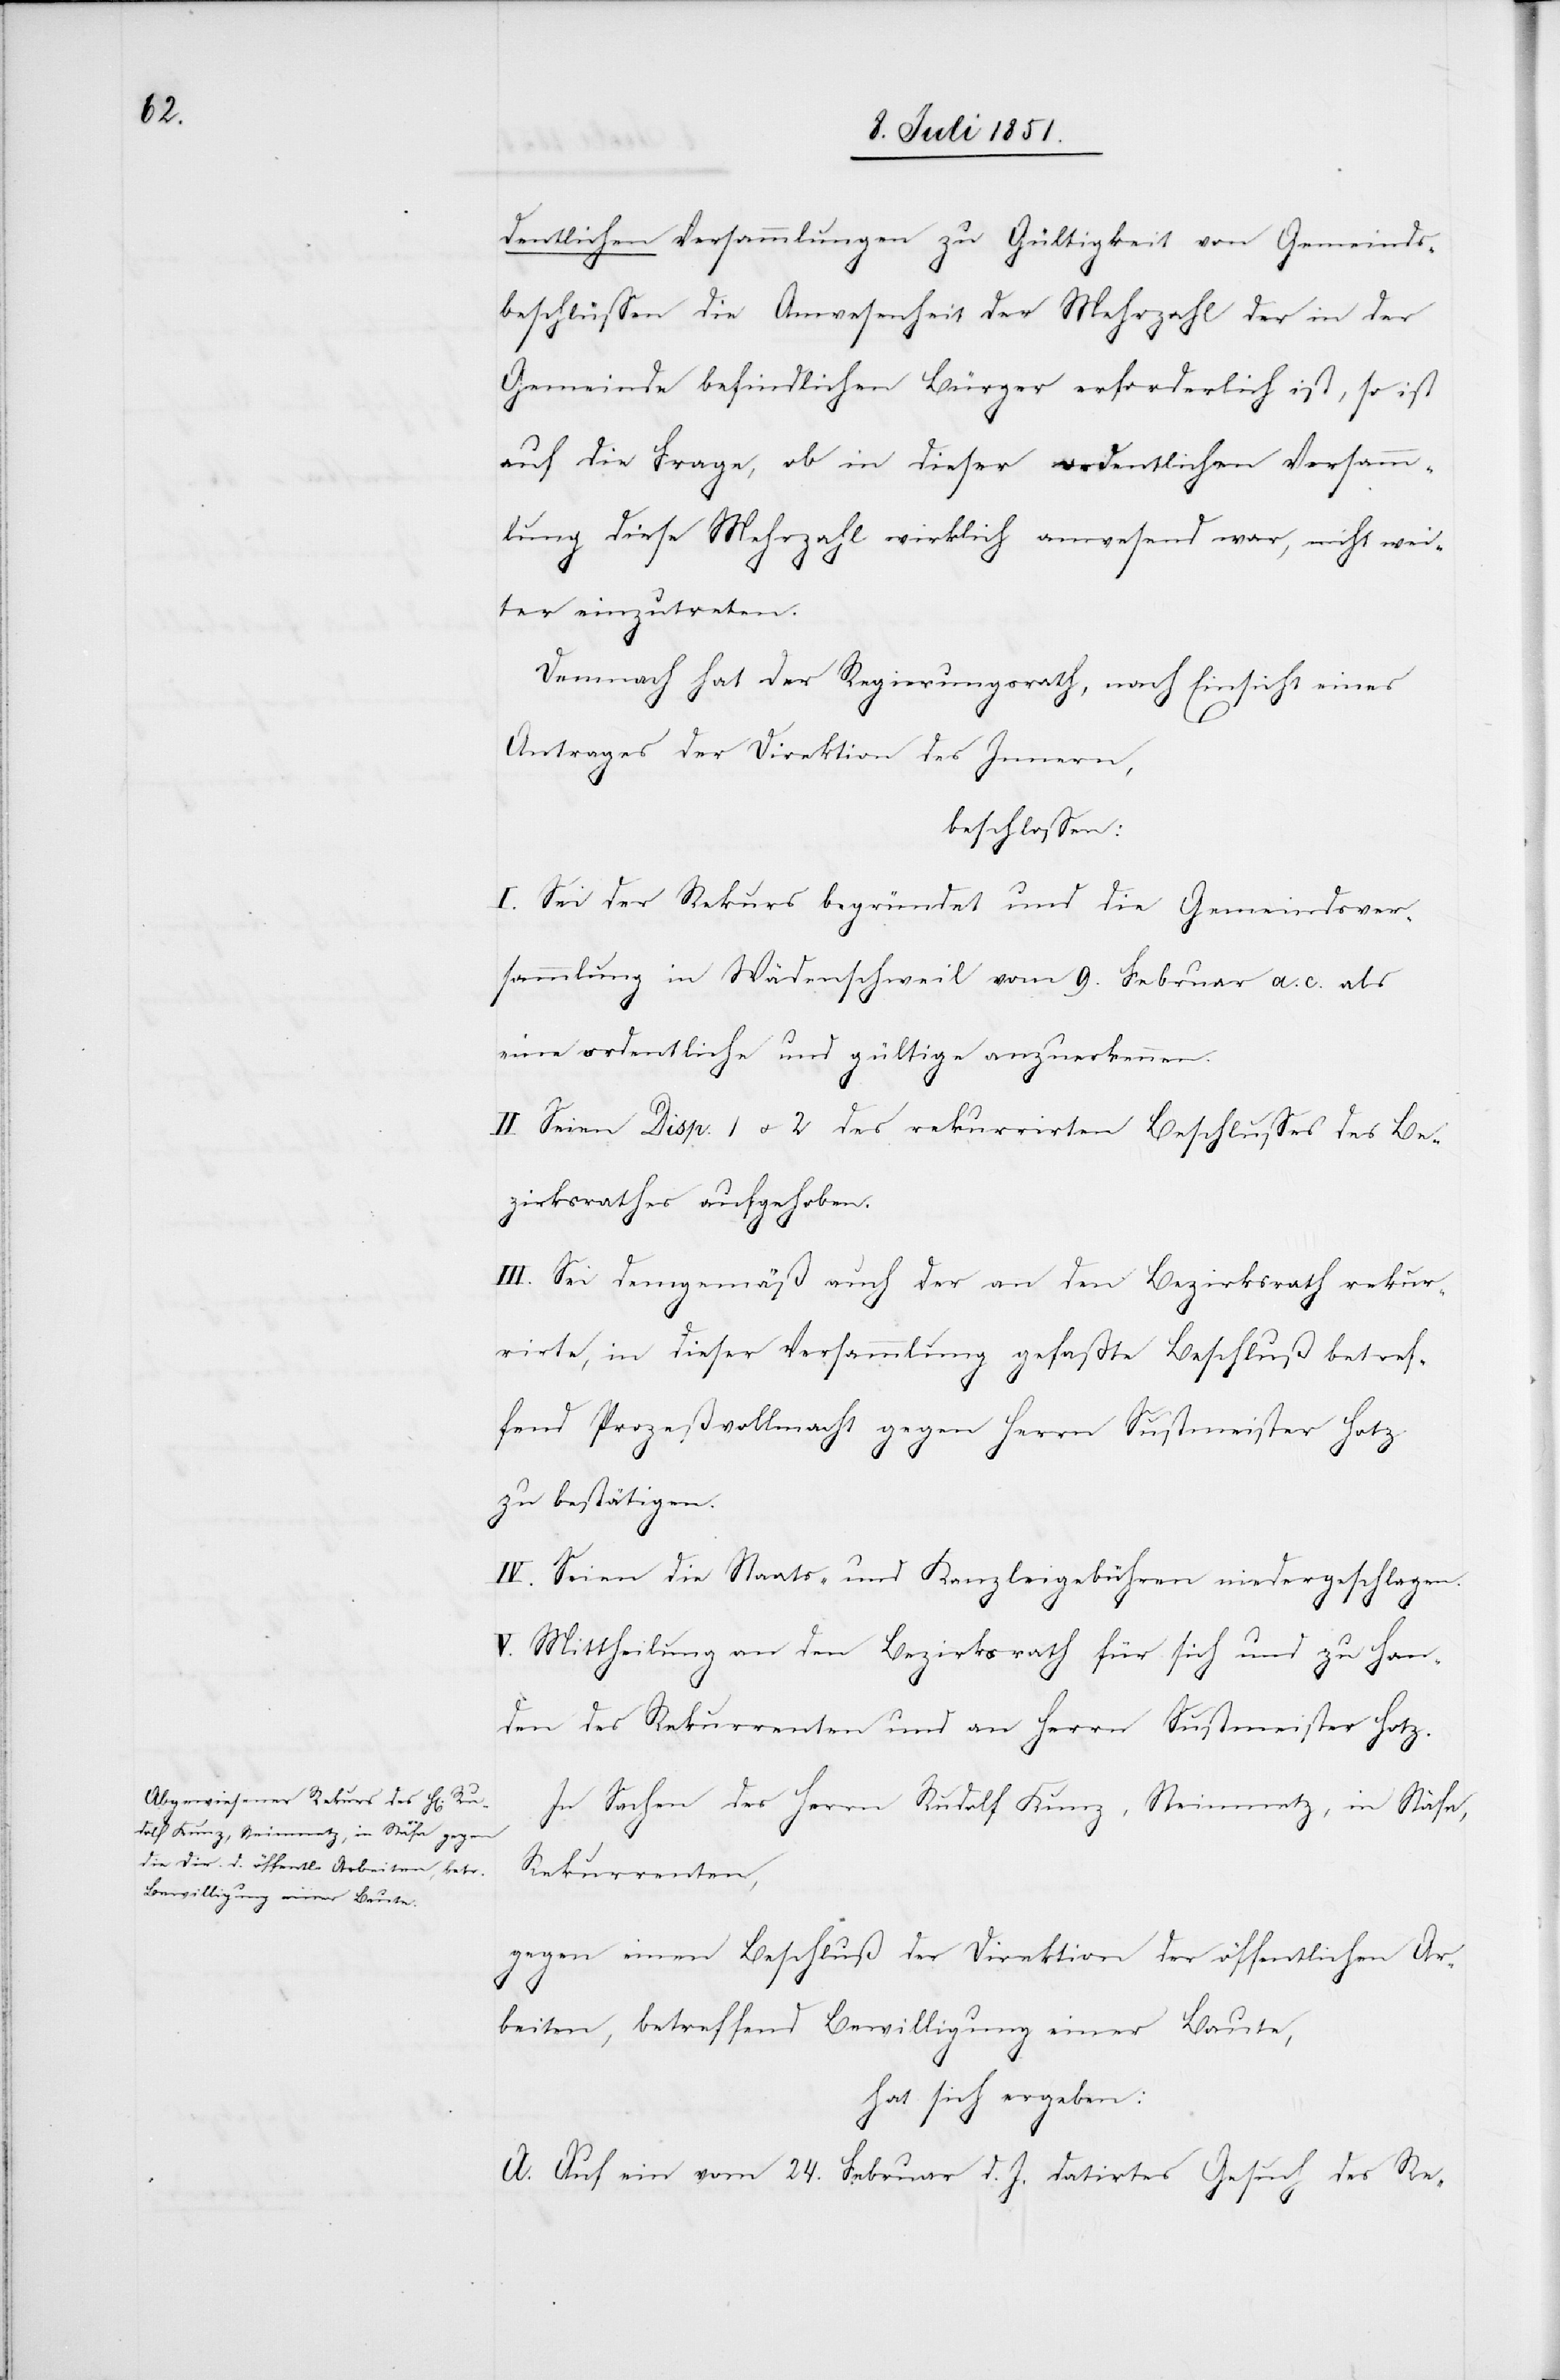
dentlichen Versammlungen zu Gültigkeit von Gemeinds¬
beschlüssen die Anwesenheit der Mehrzahl der in der
Gemeinde befindlichen Bürger erforderlich ist, so ist
auf die Frage, ob in dieser ordentlichen Versamm¬
lung diese Mehrzahl wirklich anwesend war, nicht wei¬
ter einzutreten.
Demnach hat der Regierungsrath, nach Einsicht eines
Antrages der Direktion des Innern,
beschlossen:
I. Sei der Rekurs begründet und die Gemeindsver¬
sammlung in Wädenschweil vom 9. Februar a. c. als
eine ordentliche und gültige anzuerkennen.
II. Seien Disp. 1 & 2 des rekurrirten Beschlusses des Be¬
zirksrathes aufgehoben.
III. Sei demgemäß auch der an den Bezirksrath rekur¬
rirte, in dieser Versammlung gefaßte Beschluß betref¬
fend Prozeßvollmacht gegen Herrn Sustmeister Hotz
zu bestätigen.
IV. Seien die Staats- und Kanzleigebühren niedergeschlagen.
V. Mittheilung an den Bezirksrath für sich und zu Han¬
den des Rekurrenten und an Herrn Sustmeister Hotz.
In Sachen des Herrn Rudolf Kunz, Steinmetz, in Stäfa,
Rekurrenten,
gegen einen Beschluß der Direktion der öffentlichen Ar¬
beiten, betreffend Bewilligung einer Baute,
hat sich ergeben:
A. Auf ein vom 24. Februar d. J. datirtes Gesuch des Re-